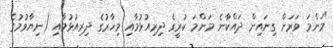
"މަންމަ ވަރަށް ގިނައިން ދައްކާނެ މަންމަ ކުރީގެ ދިރިއުޅުމާއި މިހާރުގެ ދިރިއުޅުމާއި (ނިޔާވުމުގެ